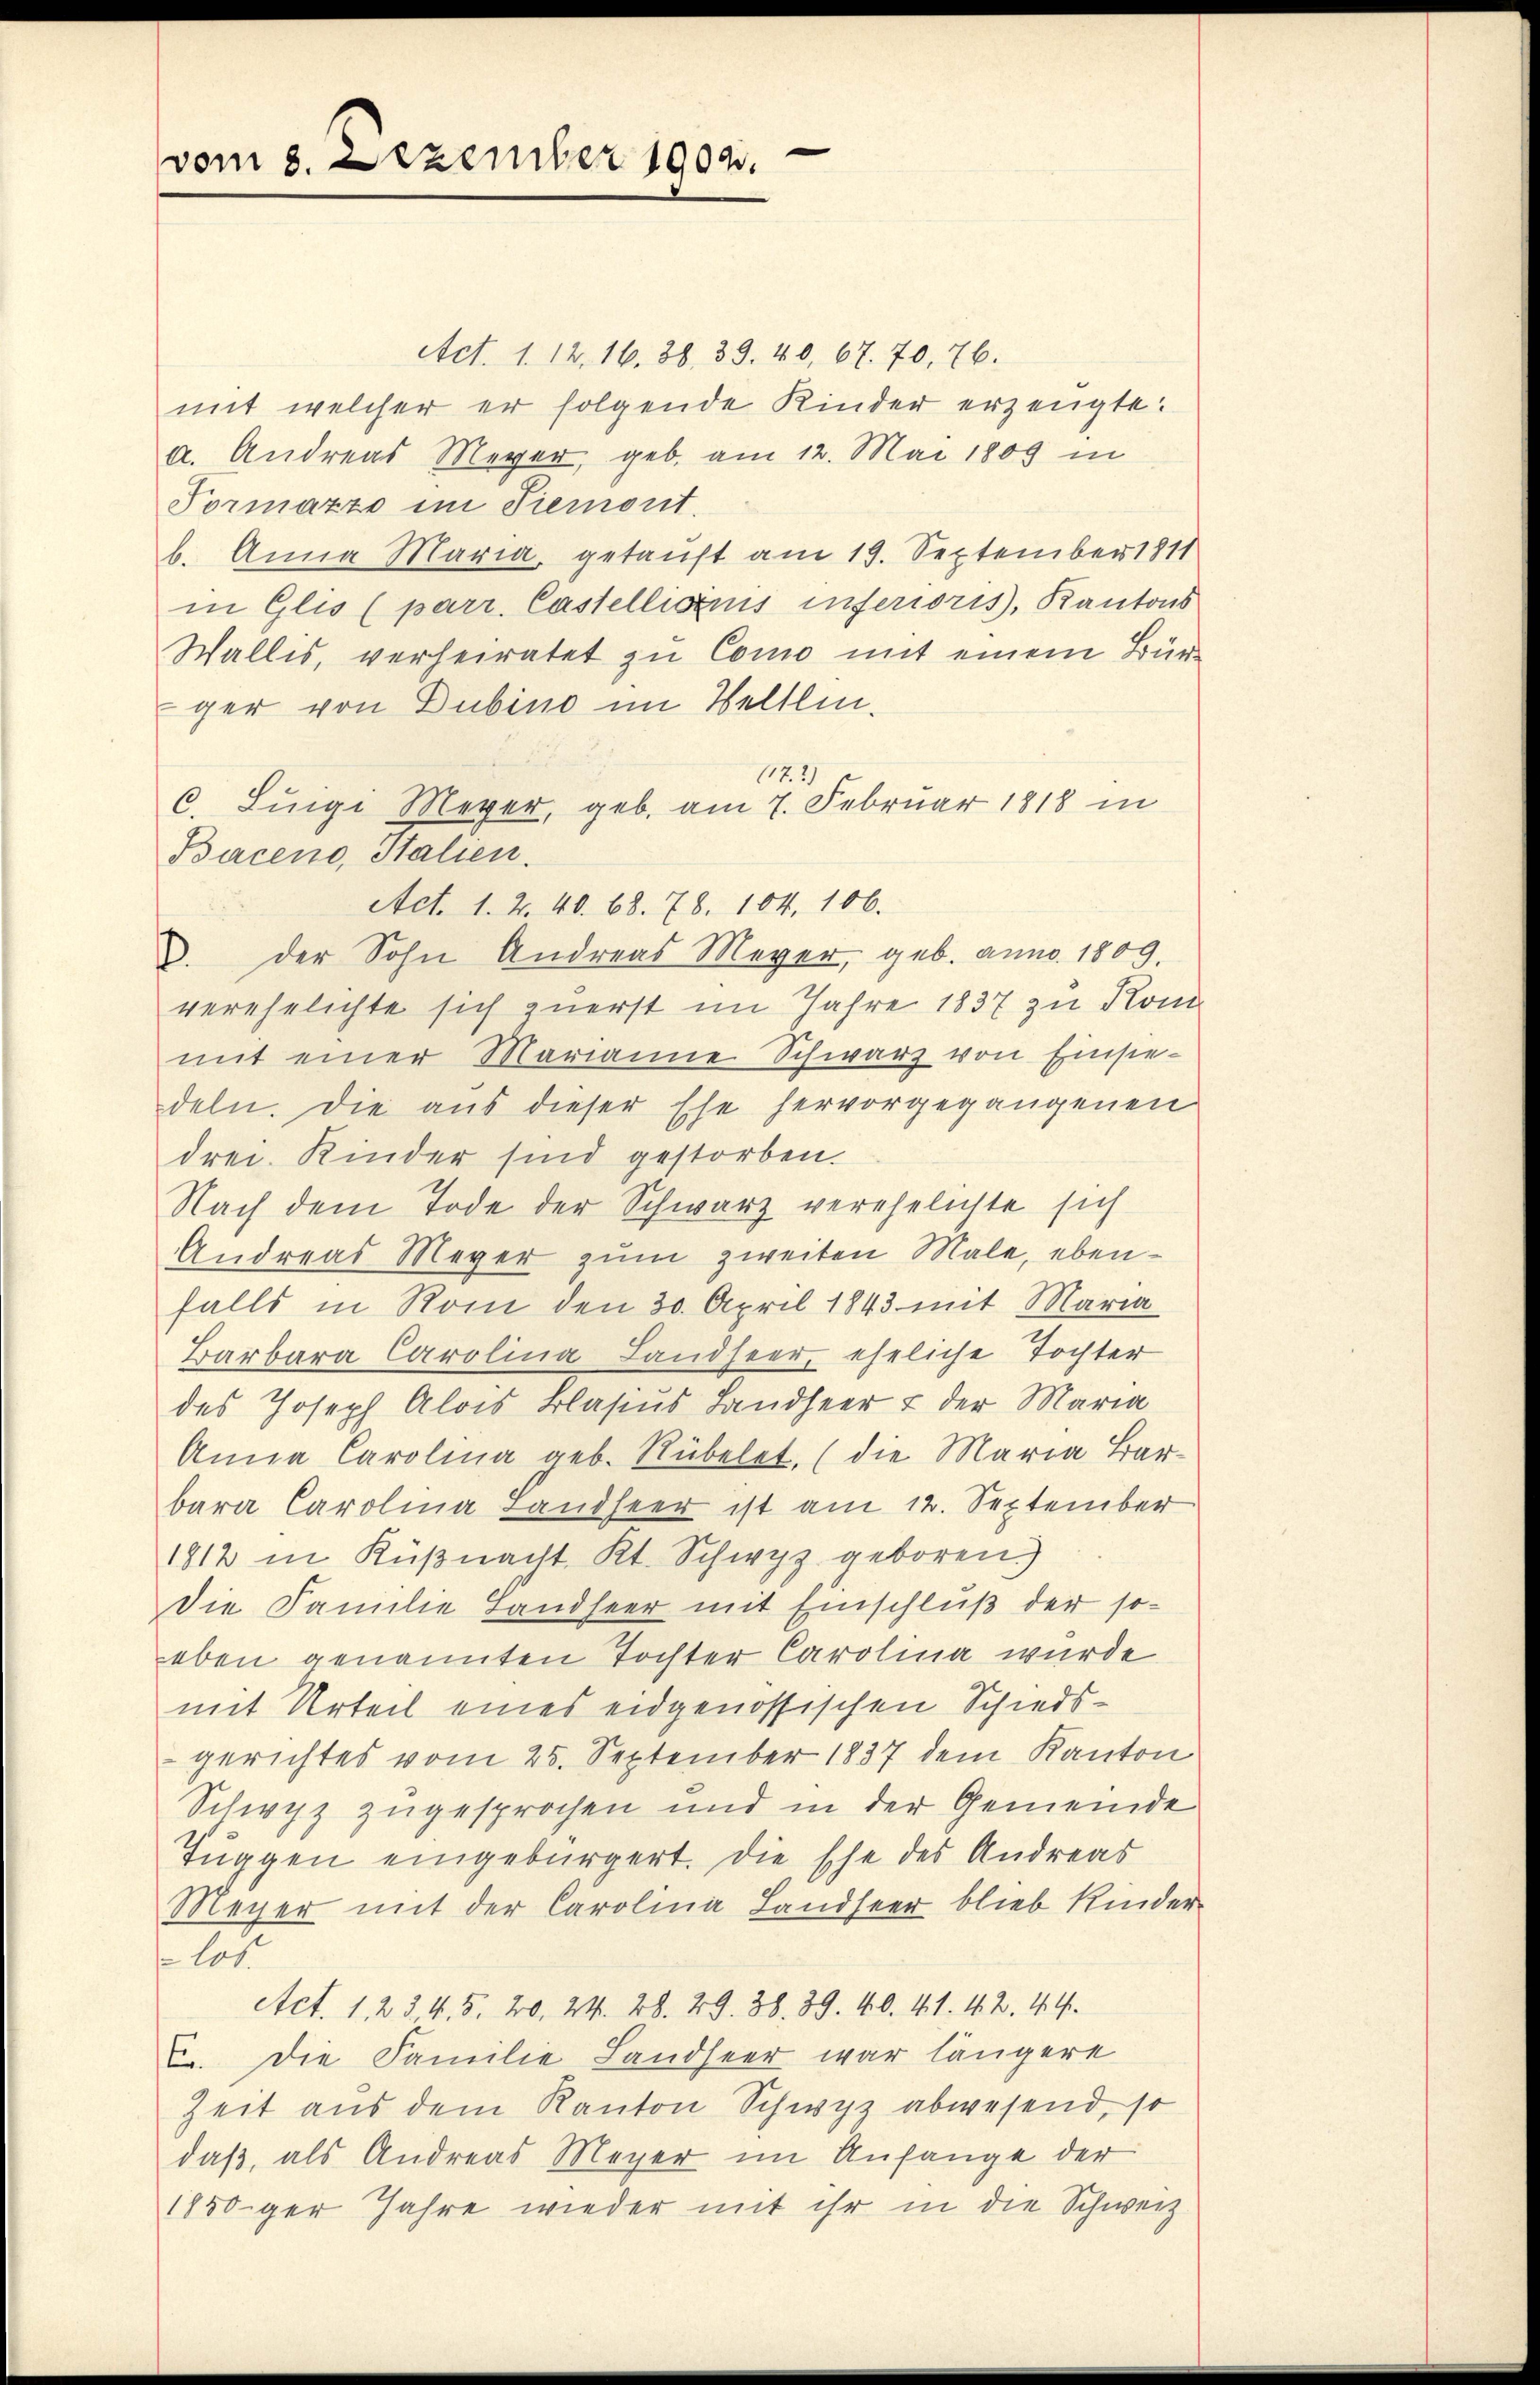
vom 8. Dezember 1902.

Act. 1. 12. 16. 38. 39. 40, 67. 70, 76.
mit welcher er folgende Kinder erzeugte.
a. Andreas Meyer, geb. am 12. Mai 1809 in
Pormatze im Piemont.
b. Anna Maria, getauft am 19. September 1811
in Glis (parr. Castellionis inferioris, Kantons
Wallis, verheiratet zu Como mit einem Bür-
ger von Dubino im Weltli¬
172
c. Luigi Meyer, geb. am 7. Februar 1818 in
Baceno, Italien.
Act. 1. 2. 48. 68. 78. 104, 106.
2. der Sohn Andreas Meyer, geb. anno 1809.
verehelichte sich zuerst im Jahre 1837 zu Kom
mit einer Marianne Schwarz von Einsie-
deln. Die aus dieser Ehe hervorgegangenen
drei Kinder sind gestorben.
Nach dem Tode der Schwarz verehelichte sich
Andreas Meyer zum zweiten Male, ebenfalls in Rom den 30. April 1843 mit Maria
Barbara Carolina Landheer, eheliche Tochter
des Joseph Alois Blasius Landheer & der Maria
Anna Carolina geb. Rübelet, (die Maria Barbara Carolina Landheer ist am 12. September
1812 in Küßnacht Kt. Schwyz geboren)
die Familie Landseer mit Einschluß der soeben genannten Tochter Carolina wurde
mit Urteil eines eidgenössischen Schiedsgerichtes vom 25. September 1837 dem Kanton
Schwyz zugesprochen und in der Gemeinde
Tuggen eingebürgert. Die Ehe des Andreas
Meyer mit der Carolina Landseer blieb Kinder-
los.
Act. 1. 234, 5. 20, 24. 28. 29. 38. 39. 40. 41. 42. 44.
E. Die Familie Landseer war längere
Zeit aus dem Kanton Schwyz abwesend, so
daß, als Andreas Meyer im Anfange der
1850ger Jahre wieder mit ihr in die Schweiz